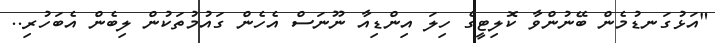
"އަޅުގަނޑުމެން ބޭނުންވާ ކޮލިޓީގެ ހިލަ އިންޑިއާ ނޫނަސް އެހެން ގައުމުތަކުން ލިބެން އެބަހުރި..